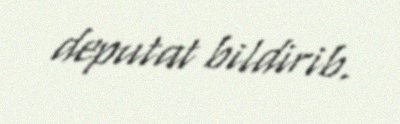
deputat bildirib.